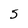
Character: 5